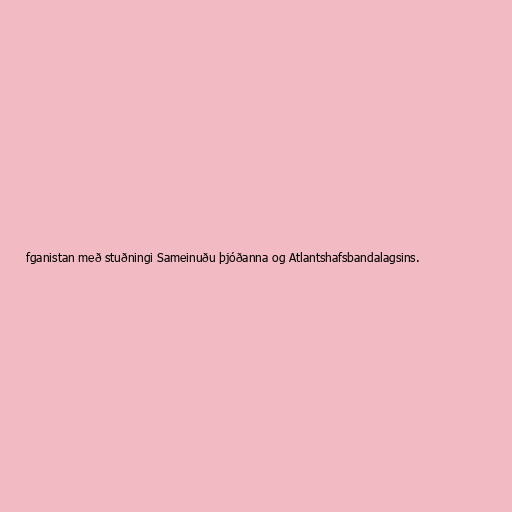
fganistan með stuðningi Sameinuðu þjóðanna og Atlantshafsbandalagsins.